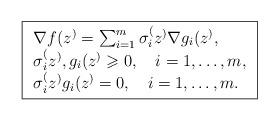
LaTeX: \begin{align*}\boxed{\begin{array}{l}\nabla f (z^) = \sum_{i=1}^m \sigma_i^(z^) \nabla g_i(z^), \\\sigma_i^(z^), g_i(z^) \geqslant 0, ~~~ i = 1,\hdots,m, \\\sigma_i^(z^) g_i(z^) = 0, ~~~ i = 1,\hdots,m.\end{array}}\end{align*}